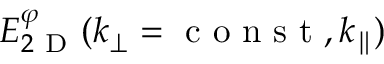
E _ { 2 \mathrm { ~ D ~ } } ^ { \varphi } ( k _ { \perp } = \mathrm { ~ c ~ o ~ n ~ s ~ t ~ } , k _ { \parallel } )